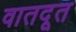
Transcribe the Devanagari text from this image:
वातदूत